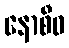
နောစီဓ